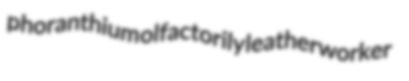
phoranthium olfactorily leatherworker